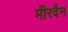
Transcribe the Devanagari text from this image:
मीरवैन